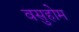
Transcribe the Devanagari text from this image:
वसुहोम